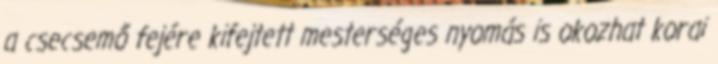
a csecsemő fejére kifejtett mesterséges nyomás is okozhat korai